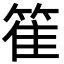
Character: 𥯄